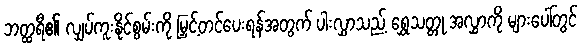
ဘတ္ထရီ၏ လျှပ်ကူးနိုင်စွမ်းကို မြှင့်တင်ပေးရန်အတွက် ပါးလွှာသည့် ရွှေသတ္တု အလွှာကို များပေါ်တွင်